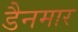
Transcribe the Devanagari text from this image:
डैनमार